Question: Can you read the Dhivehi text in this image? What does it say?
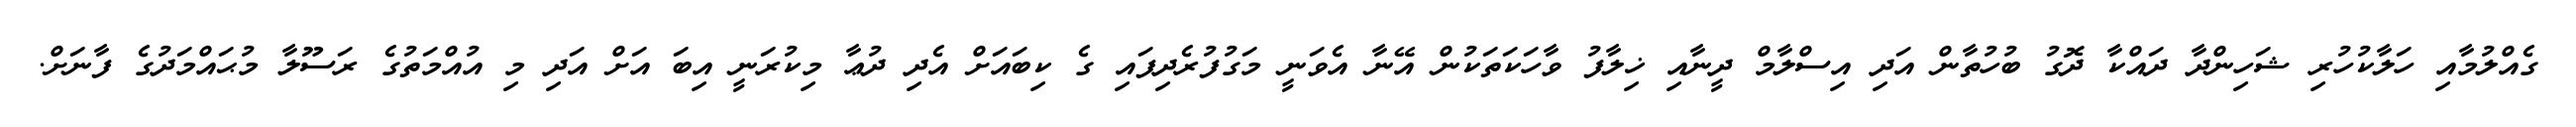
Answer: ގެއްލުމާއި ހަލާކުހުރި ޝަހިންދާ ދައްކާ ދޮގު ބުހުތާން އަދި އިސްލާމް ދީނާއި ޚިލާފު ވާހަކަތަކުން އޭނާ އެވަނީ މަގުފުރެދިފައި ގެ ކިބައަށް އެދި ދުޢާ މިކުރަނީ އިބަ އަށް އަދި މި އުއްމަތުގެ ރަސޫލާ މުޙައްމަދުގެ ފާނަށް.